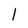
Character: 1